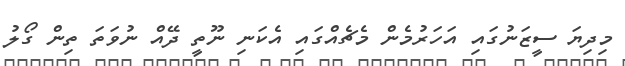
މިދިޔަ ސީޒަނުގައި އަހަރުމެން މެޗެއްގައި އެކަނި ނޫތީ ދޭއް ނުވަތަ ތިން ގޯލު